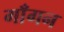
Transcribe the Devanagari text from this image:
गाँगन